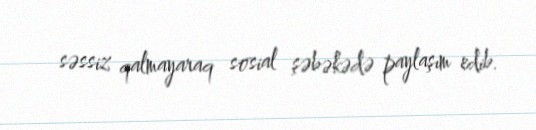
səssiz qalmayaraq sosial şəbəkədə paylaşım edib.